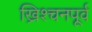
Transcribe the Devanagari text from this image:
ख्रिश्चनपूर्व